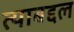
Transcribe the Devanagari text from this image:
त्‍याबद्दल